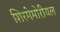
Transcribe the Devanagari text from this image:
शिरमेमोरीयल